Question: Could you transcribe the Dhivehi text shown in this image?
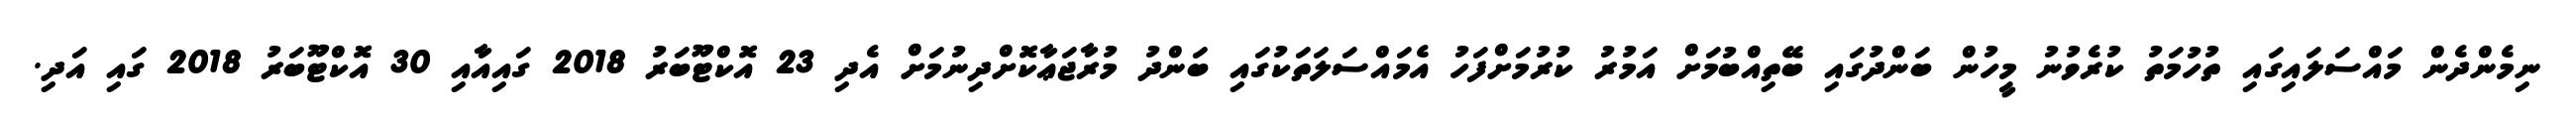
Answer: ނިމެންދެން މައްސަލައިގައި ތުހުމަތު ކުރެވުނު މީހުން ބަންދުގައި ބޭތިއްބުމަށް އަމުރު ކުރުމަށްފަހު އެމައްސަލަތަކުގައި ބަންދު މުރާޖަޢާކޮށްދިނުމަށް އެދި 23 އޮކްޓޫބަރު 2018 ގައިއާއި 30 އޮކްޓޫބަރު 2018 ގައި އަދި.